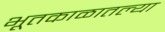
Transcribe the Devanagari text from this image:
भूतकाळातल्या